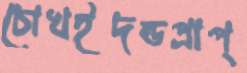
চোখইদন্ডপ্রাপ্